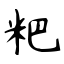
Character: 粑